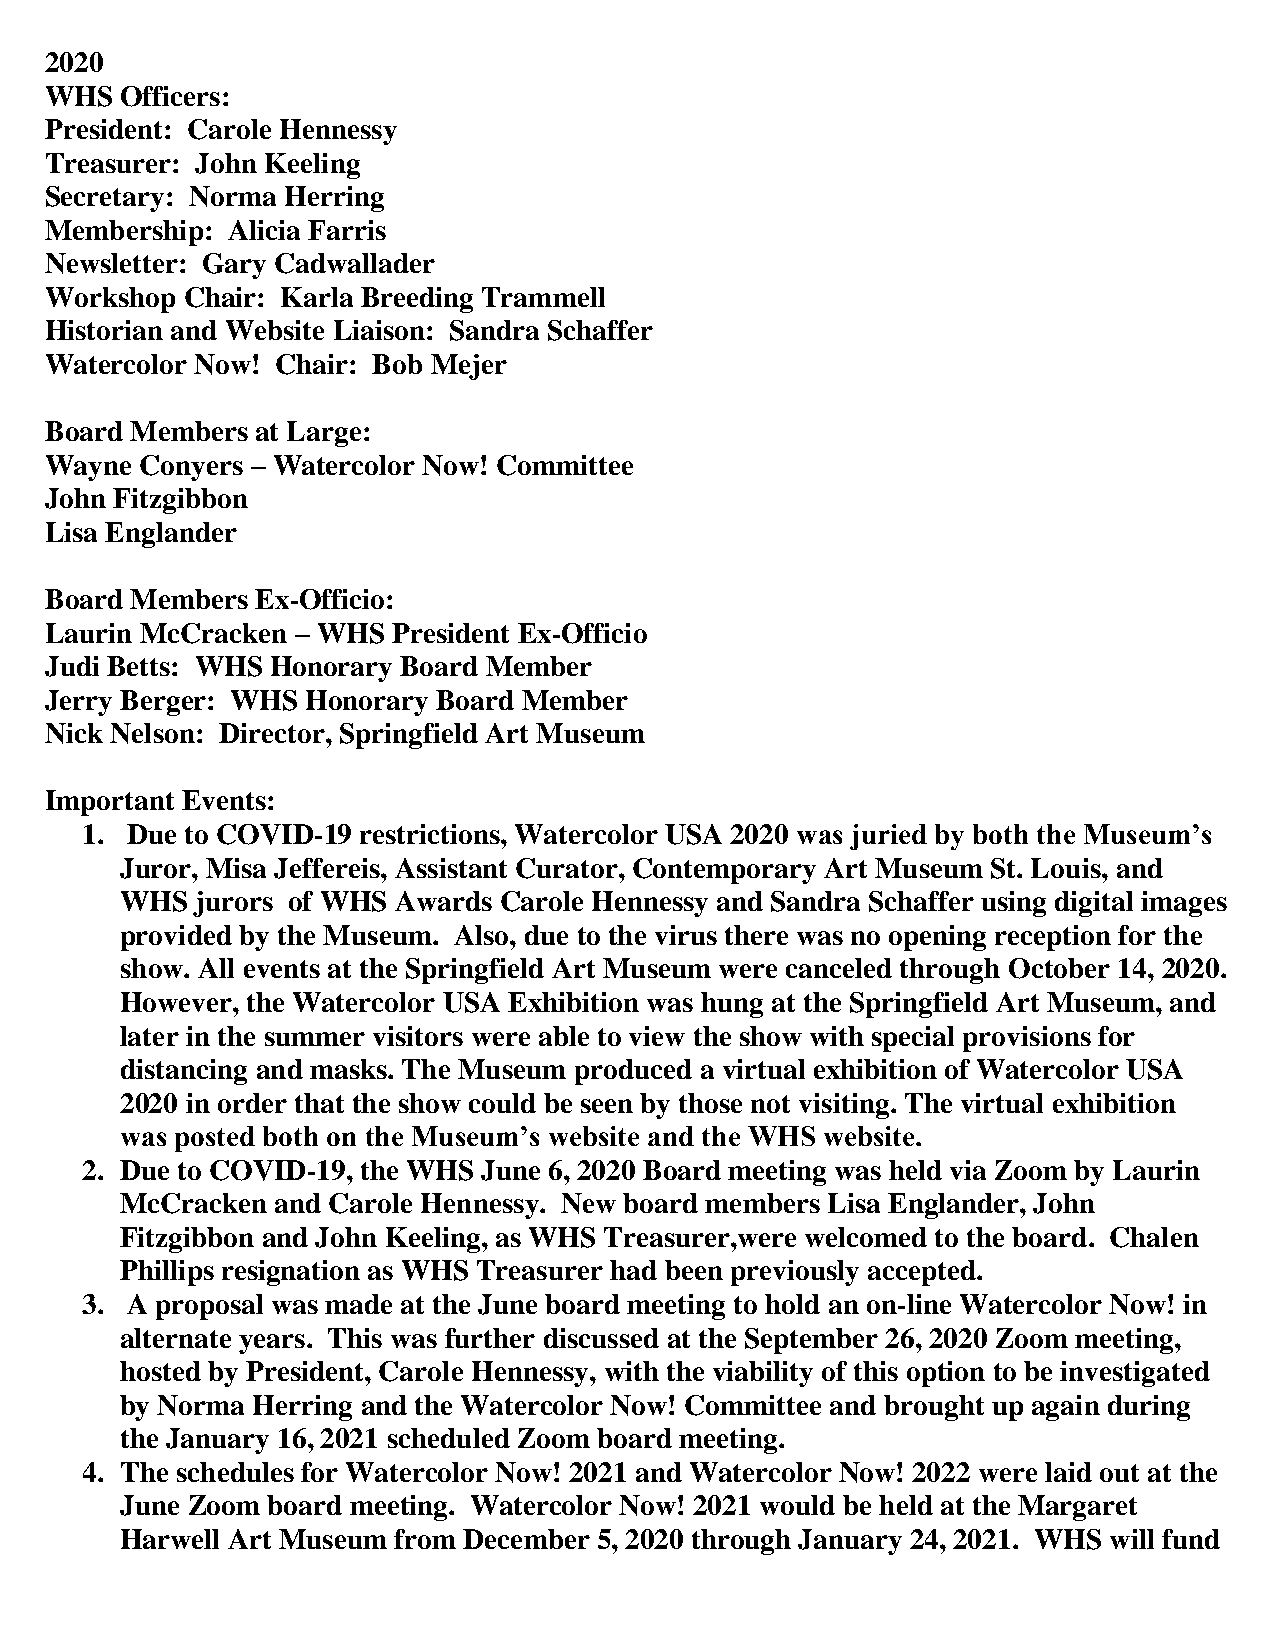
2020
 WHS  Officers:
 President: Carole Hennessy
 Treasurer: John Keeling
 Secretary: Norma Herring
 Membership: Alicia Farris
 Newsletter: Gary Cadwallader
 Workshop Chair: Karla Breeding Trammell
 Historian and Website Liaison: Sandra Schaffer
 Watercolor Now! Chair: Bob Mejer
 Board Members at Large:
 Wayne Conyers – Watercolor Now! Committee
 John Fitzgibbon
 Lisa Englander
 Board Members Ex-Officio:
 Laurin McCracken – WHS President Ex-Officio
 Judi Betts: WHS Honorary Board Member
 Jerry Berger: WHS Honorary Board Member
 Nick Nelson: Director, Springfield Art Museum
 Important Events:
 1. Due to COVID-19 restrictions, Watercolor USA 2020 was juried by both the Museum’s
 Juror, Misa Jeffereis, Assistant Curator, Contemporary Art Museum St. Louis, and
 WHS  jurors of WHS Awards Carole Hennessy and Sandra Schaffer using digital images
 provided by the Museum. Also, due to the virus there was no opening reception for the
 show. All events at the Springfield Art Museum were canceled through October 14, 2020.
 However, the Watercolor USA Exhibition was hung at the Springfield Art Museum, and
 later in the summer visitors were able to view the show with special provisions for
 distancing and masks. The Museum produced a virtual exhibition of Watercolor USA
 2020 in order that the show could be seen by those not visiting. The virtual exhibition
 was posted both on the Museum’s website and the WHS website.
 2. Due to COVID-19, the WHS June 6, 2020 Board meeting was held via Zoom by Laurin
 McCracken and Carole Hennessy. New board members Lisa Englander, John
 Fitzgibbon and John Keeling, as WHS Treasurer,were welcomed to the board. Chalen
 Phillips resignation as WHS Treasurer had been previously accepted.
 3. A proposal was made at the June board meeting to hold an on-line Watercolor Now! in
 alternate years. This was further discussed at the September 26, 2020 Zoom meeting,
 hosted by President, Carole Hennessy, with the viability of this option to be investigated
 by Norma Herring and the Watercolor Now! Committee and brought up again during
 the January 16, 2021 scheduled Zoom board meeting.
 4. The schedules for Watercolor Now! 2021 and Watercolor Now! 2022 were laid out at the
 June Zoom board meeting. Watercolor Now! 2021 would be held at the Margaret
 Harwell Art Museum from December 5, 2020 through January 24, 2021. WHS will fund